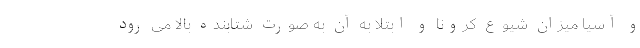
و آسیا میزان شیوع کرونا و ابتلا به آن به صورت شتابنده بالا می رود